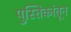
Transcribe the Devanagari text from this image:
पुस्तिकांतून